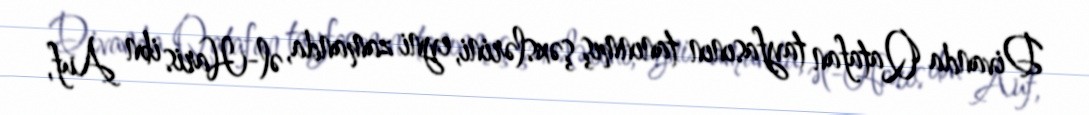
Divanda Qatafan tayfasının tanınmış şəxslərini, eyni zamanda, əl-Haris ibn Auf,